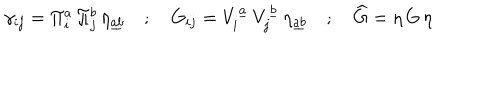
\gamma _ { i j } = \Pi _ { i } ^ { a } \, \Pi _ { j } ^ { b } \, \eta _ { \underline { { { a b } } } } \quad ; \quad G _ { i j } = V _ { i } ^ { \underline { { { a } } } } \, V _ { j } ^ { \underline { { { b } } } } \, \eta _ { \underline { { { a b } } } } \quad ; \quad \widehat { G } = \eta \, G \, \eta